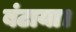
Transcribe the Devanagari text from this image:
बंटाया।